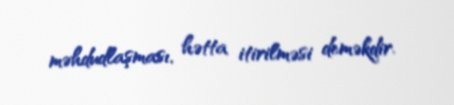
məhdudlaşması, hətta itirilməsi deməkdir.